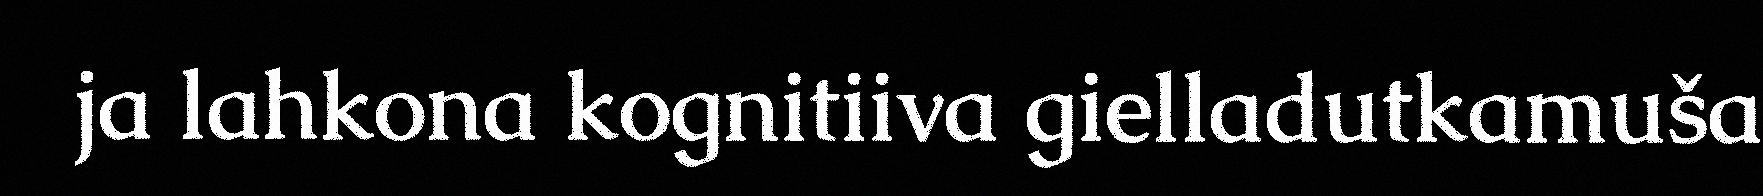
ja lahkona kognitiiva gielladutkamuša